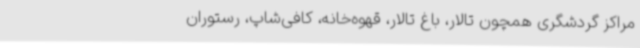
مراکز گردشگری همچون تالار، باغ تالار، قهوه‌خانه، کافی‌شاپ، رستوران